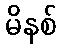
မိနစ်